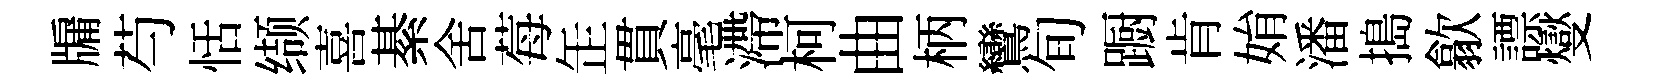
牖芍恬缬喜綦舍莓𦈢貫毫滯柯曲柄鸞旬蹰肯姢潘搗歙謤燮